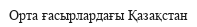
Орта ғасырлардағы Қазақстан